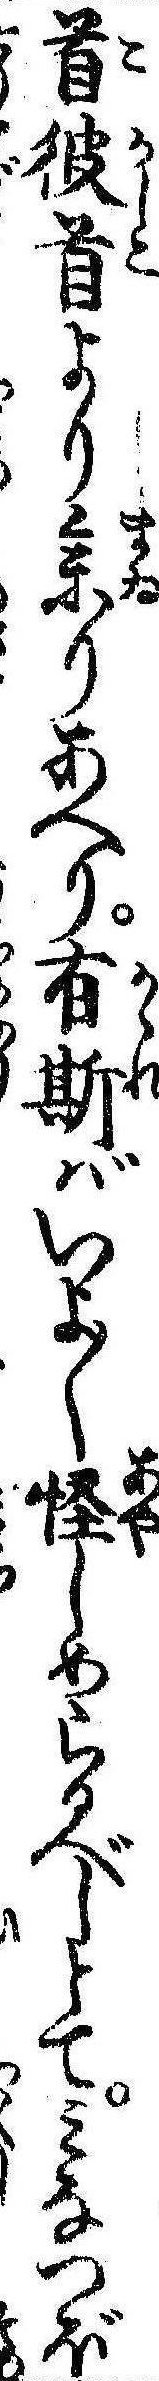
首彼首より参りあへり有斯ばいよ〱怪しめらるべしとてみなつぼ